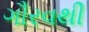
ગૌરવથી